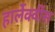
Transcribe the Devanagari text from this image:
हार्लेक्वींस